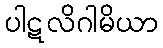
ပါဋလိဂါမိယာ